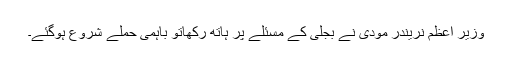
وزیر اعظم نریندر مودی نے بجلی کے مسئلے پر ہاتھ رکھاتو باہمی حملے شروع ہوگئے۔